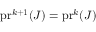
\mathrm { p r } ^ { k + 1 } ( J ) = \mathrm { p r } ^ { k } ( J )